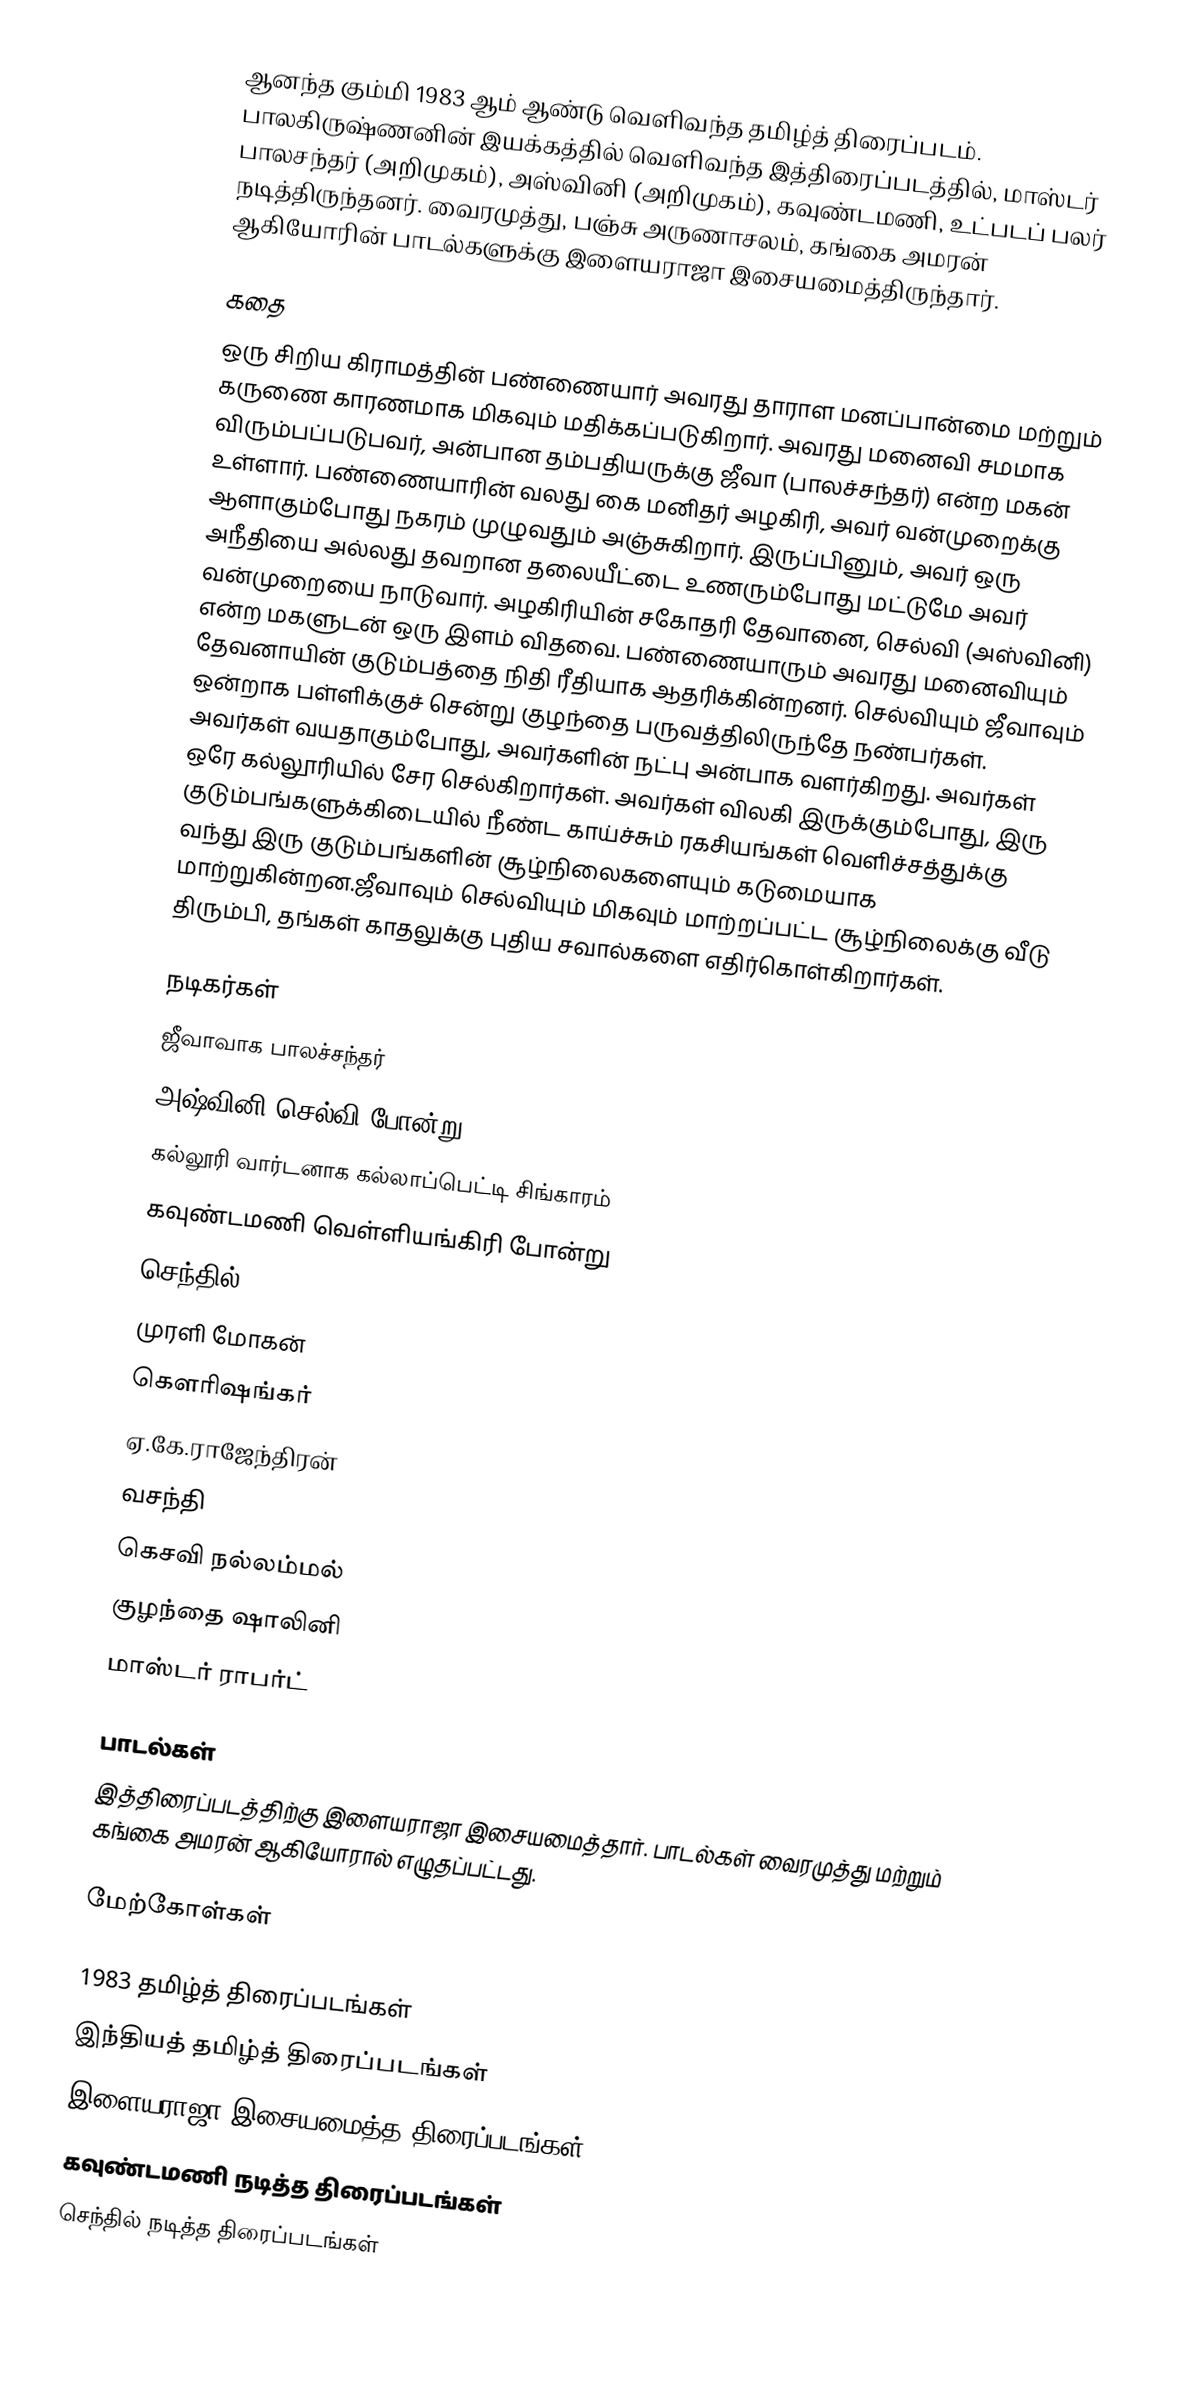
ஆனந்த கும்மி 1983 ஆம் ஆண்டு வெளிவந்த தமிழ்த் திரைப்படம். பாலகிருஷ்ணனின் இயக்கத்தில் வெளிவந்த இத்திரைப்படத்தில், மாஸ்டர் பாலசந்தர் (அறிமுகம்), அஸ்வினி (அறிமுகம்), கவுண்டமணி, உட்படப் பலர் நடித்திருந்தனர். வைரமுத்து, பஞ்சு அருணாசலம், கங்கை அமரன் ஆகியோரின் பாடல்களுக்கு இளையராஜா இசையமைத்திருந்தார்.

கதை
ஒரு சிறிய கிராமத்தின் பண்ணையார் அவரது தாராள மனப்பான்மை மற்றும் கருணை காரணமாக மிகவும் மதிக்கப்படுகிறார். அவரது மனைவி சமமாக விரும்பப்படுபவர், அன்பான தம்பதியருக்கு ஜீவா (பாலச்சந்தர்) என்ற மகன் உள்ளார். பண்ணையாரின் வலது கை மனிதர் அழகிரி, அவர் வன்முறைக்கு ஆளாகும்போது நகரம் முழுவதும் அஞ்சுகிறார். இருப்பினும், அவர் ஒரு அநீதியை அல்லது தவறான தலையீட்டை உணரும்போது மட்டுமே அவர் வன்முறையை நாடுவார். அழகிரியின் சகோதரி தேவானை, செல்வி (அஸ்வினி) என்ற மகளுடன் ஒரு இளம் விதவை. பண்ணையாரும் அவரது மனைவியும் தேவனாயின் குடும்பத்தை நிதி ரீதியாக ஆதரிக்கின்றனர். செல்வியும் ஜீவாவும் ஒன்றாக பள்ளிக்குச் சென்று குழந்தை பருவத்திலிருந்தே நண்பர்கள். அவர்கள் வயதாகும்போது, அவர்களின் நட்பு அன்பாக வளர்கிறது. அவர்கள் ஒரே கல்லூரியில் சேர செல்கிறார்கள். அவர்கள் விலகி இருக்கும்போது, இரு குடும்பங்களுக்கிடையில் நீண்ட காய்ச்சும் ரகசியங்கள் வெளிச்சத்துக்கு வந்து இரு குடும்பங்களின் சூழ்நிலைகளையும் கடுமையாக மாற்றுகின்றன.ஜீவாவும் செல்வியும் மிகவும் மாற்றப்பட்ட சூழ்நிலைக்கு வீடு திரும்பி, தங்கள் காதலுக்கு புதிய சவால்களை எதிர்கொள்கிறார்கள்.

நடிகர்கள்
 ஜீவாவாக பாலச்சந்தர்
 அஷ்வினி செல்வி போன்று
 கல்லூரி வார்டனாக கல்லாப்பெட்டி சிங்காரம்
 கவுண்டமணி வெள்ளியங்கிரி போன்று
 செந்தில்
 முரளி மோகன்
 கௌரிஷங்கர்
 ஏ.கே.ராஜேந்திரன்
 வசந்தி
 கெசவி நல்லம்மல்
 குழந்தை ஷாலினி
 மாஸ்டர் ராபர்ட்

பாடல்கள்
இத்திரைப்படத்திற்கு இளையராஜா இசையமைத்தார். பாடல்கள் வைரமுத்து மற்றும் கங்கை அமரன் ஆகியோரால் எழுதப்பட்டது.

மேற்கோள்கள்

1983 தமிழ்த் திரைப்படங்கள்
இந்தியத் தமிழ்த் திரைப்படங்கள்
இளையராஜா இசையமைத்த திரைப்படங்கள்
கவுண்டமணி நடித்த திரைப்படங்கள்
செந்தில் நடித்த திரைப்படங்கள்